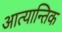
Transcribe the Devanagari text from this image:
आत्यान्तिक